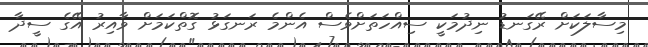
މިސާލަކަށް ރޭގަނޑު ނިދުމަކީ ސިއްހަތަށްވެސް އެންމެ ރަނގަޅު ގޮތްކަމަށް ވާއިރު އޭގެ ސީދާ